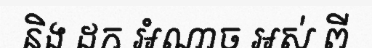
និង ដក អំណាច អស់ ពី